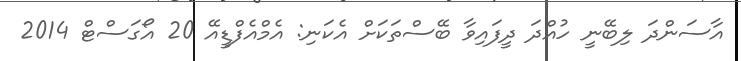
އާސަންދަ ލިބޭނީ ހުއްދަ ދީފައިވާ ބޭސްތަކަށް އެކަނި: އެމްއެފްޑީއޭ 20 އޯގަސްޓް 2014